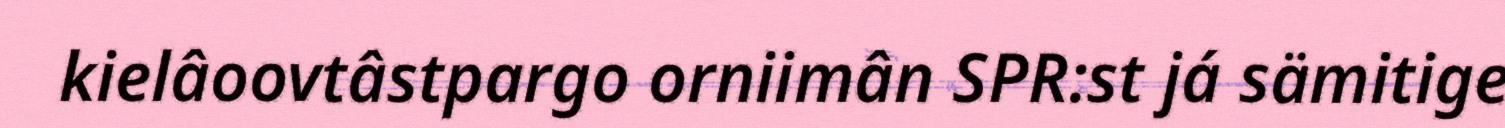
kielâoovtâstpargo orniimân SPR:st já sämitige